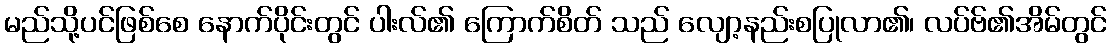
မည်သို့ပင်ဖြစ်စေ နောက်ပိုင်းတွင် ပါးလ်၏ ကြောက်စိတ် သည် လျော့နည်းစပြုလာ၏၊ လပ်ဗ်၏အိမ်တွင်